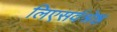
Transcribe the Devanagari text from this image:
लिएसर्वश्रेष्ठ